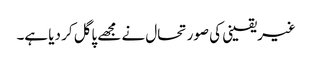
غیریقینی کی صورتحال نے مجھے پاگل کر دیا ہے۔